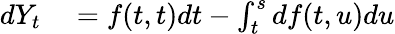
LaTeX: \begin{array}{rl}{dY_{t}}&{{}=f(t,t)dt-\int_{t}^{s}df(t,u)du}\end{array}